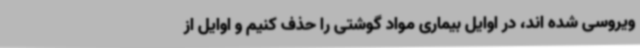
ویروسی شده اند، در اوایل بیماری مواد گوشتی را حذف کنیم و اوایل از